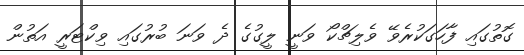
ގޮތުގައި ފާހަގަކުރެވޭ ވެލިޗްކޯ ވަނީ ލީގުގެ ދެ ވަނަ ބުރުގައި ވިކްޓަރީ އަތުން